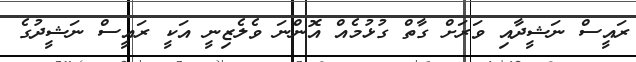
ރައީސް ނަޝީދާއި ވަރަށް ގާތް ގުޅުމެއް އޮންނަ ވެލެޒިނީ އަކީ ރައީސް ނަޝީދުގެ